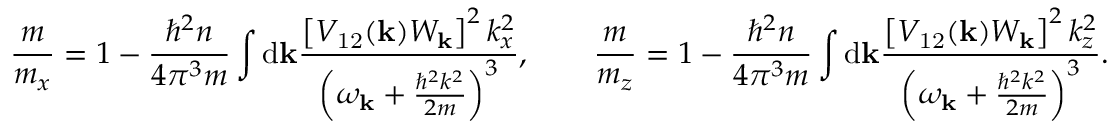
\frac { m } { m _ { x } } = 1 - \frac { \hbar ^ { 2 } n } { 4 \pi ^ { 3 } m } \int \mathrm { d } \mathbf { k } \frac { \left[ V _ { \mathrm { 1 2 } } ( \mathbf { k } ) W _ { \mathbf { k } } \right] ^ { 2 } k _ { x } ^ { 2 } } { \left( \omega _ { \mathbf { k } } + \frac { \hbar ^ { 2 } k ^ { 2 } } { 2 m } \right) ^ { 3 } } , \qquad \frac { m } { m _ { z } } = 1 - \frac { \hbar ^ { 2 } n } { 4 \pi ^ { 3 } m } \int \mathrm { d } \mathbf { k } \frac { \left[ V _ { \mathrm { 1 2 } } ( \mathbf { k } ) W _ { \mathbf { k } } \right] ^ { 2 } k _ { z } ^ { 2 } } { \left( \omega _ { \mathbf { k } } + \frac { \hbar ^ { 2 } k ^ { 2 } } { 2 m } \right) ^ { 3 } } .